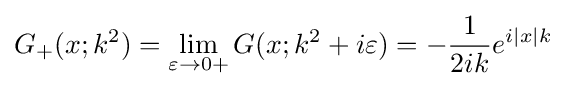
G_{+}(x;k^{2})=\lim _{\varepsilon \to 0+}G(x;k^{2}+i\varepsilon )=-{\frac {1}{2ik}}e^{i|x|k}